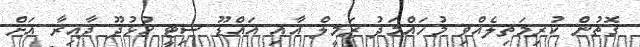
ގޮތުން ކުރިމަތިލެއްވި މުހައްމަދު ރަމީލް އާއި އައްޑޫ ސިޓީ ހުޅުދޫ ދާއިރާ އަށް